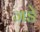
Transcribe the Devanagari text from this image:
जङे